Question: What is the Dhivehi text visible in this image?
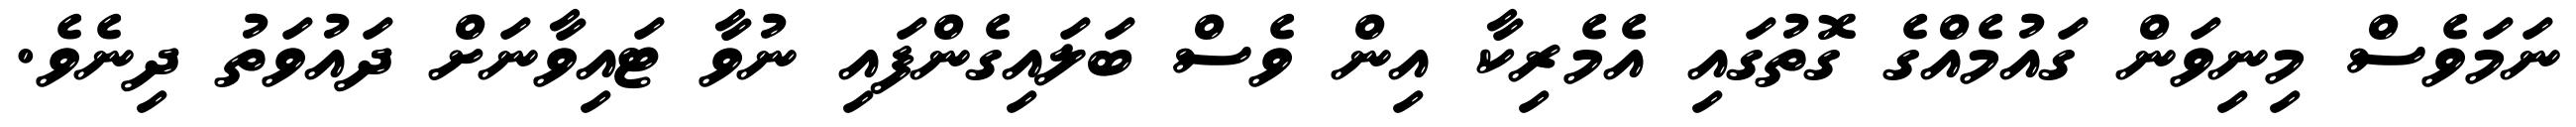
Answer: ނަމަވެސް މިނިވަން ގައުމެއްގެ ގޮތުގައި އެމެރިކާ އިން ވެސް ބަލައިގެންފައި ނުވާ ޓައިވާނަށް ދައުވަތު ދިނެވެ.